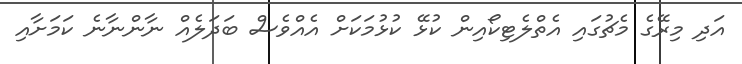
އަދި މިރޭގެ މެޗުގައި އެތްލެޓިކޯއިން ކުޅޭ ކުޅުމަކަށް އެއްވެސް ބަދަލެއް ނާންނާނެ ކަމަށާއި